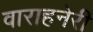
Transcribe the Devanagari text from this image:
वाराहनेरी